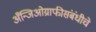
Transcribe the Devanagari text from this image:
अँन्जिओग्राफीसंबंधीचे